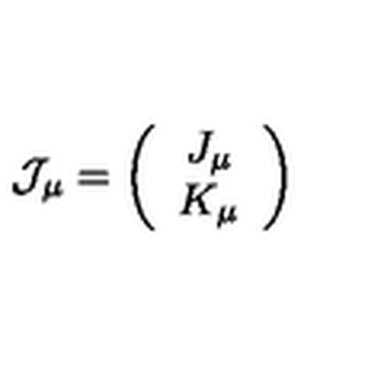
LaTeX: { \cal J } _ { \mu } = \left( \begin{array} { c } { J _ { \mu } } \\ { K _ { \mu } } \\ \end{array} \right)